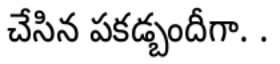
చేసిన పకడ్బందీగా. .